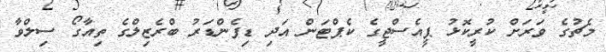
މެޗުގެ ވަރަށް ކުރީކޮޅު ޕީއެސްޖީގެ ކެޕްޓަން އަދި ޑިފެންޑަރު ބްރެޒިލްގެ ތިއާގޯ ސިލްވާ